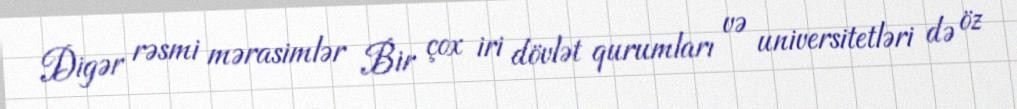
Digər rəsmi mərasimlər Bir çox iri dövlət qurumları və universitetləri də öz